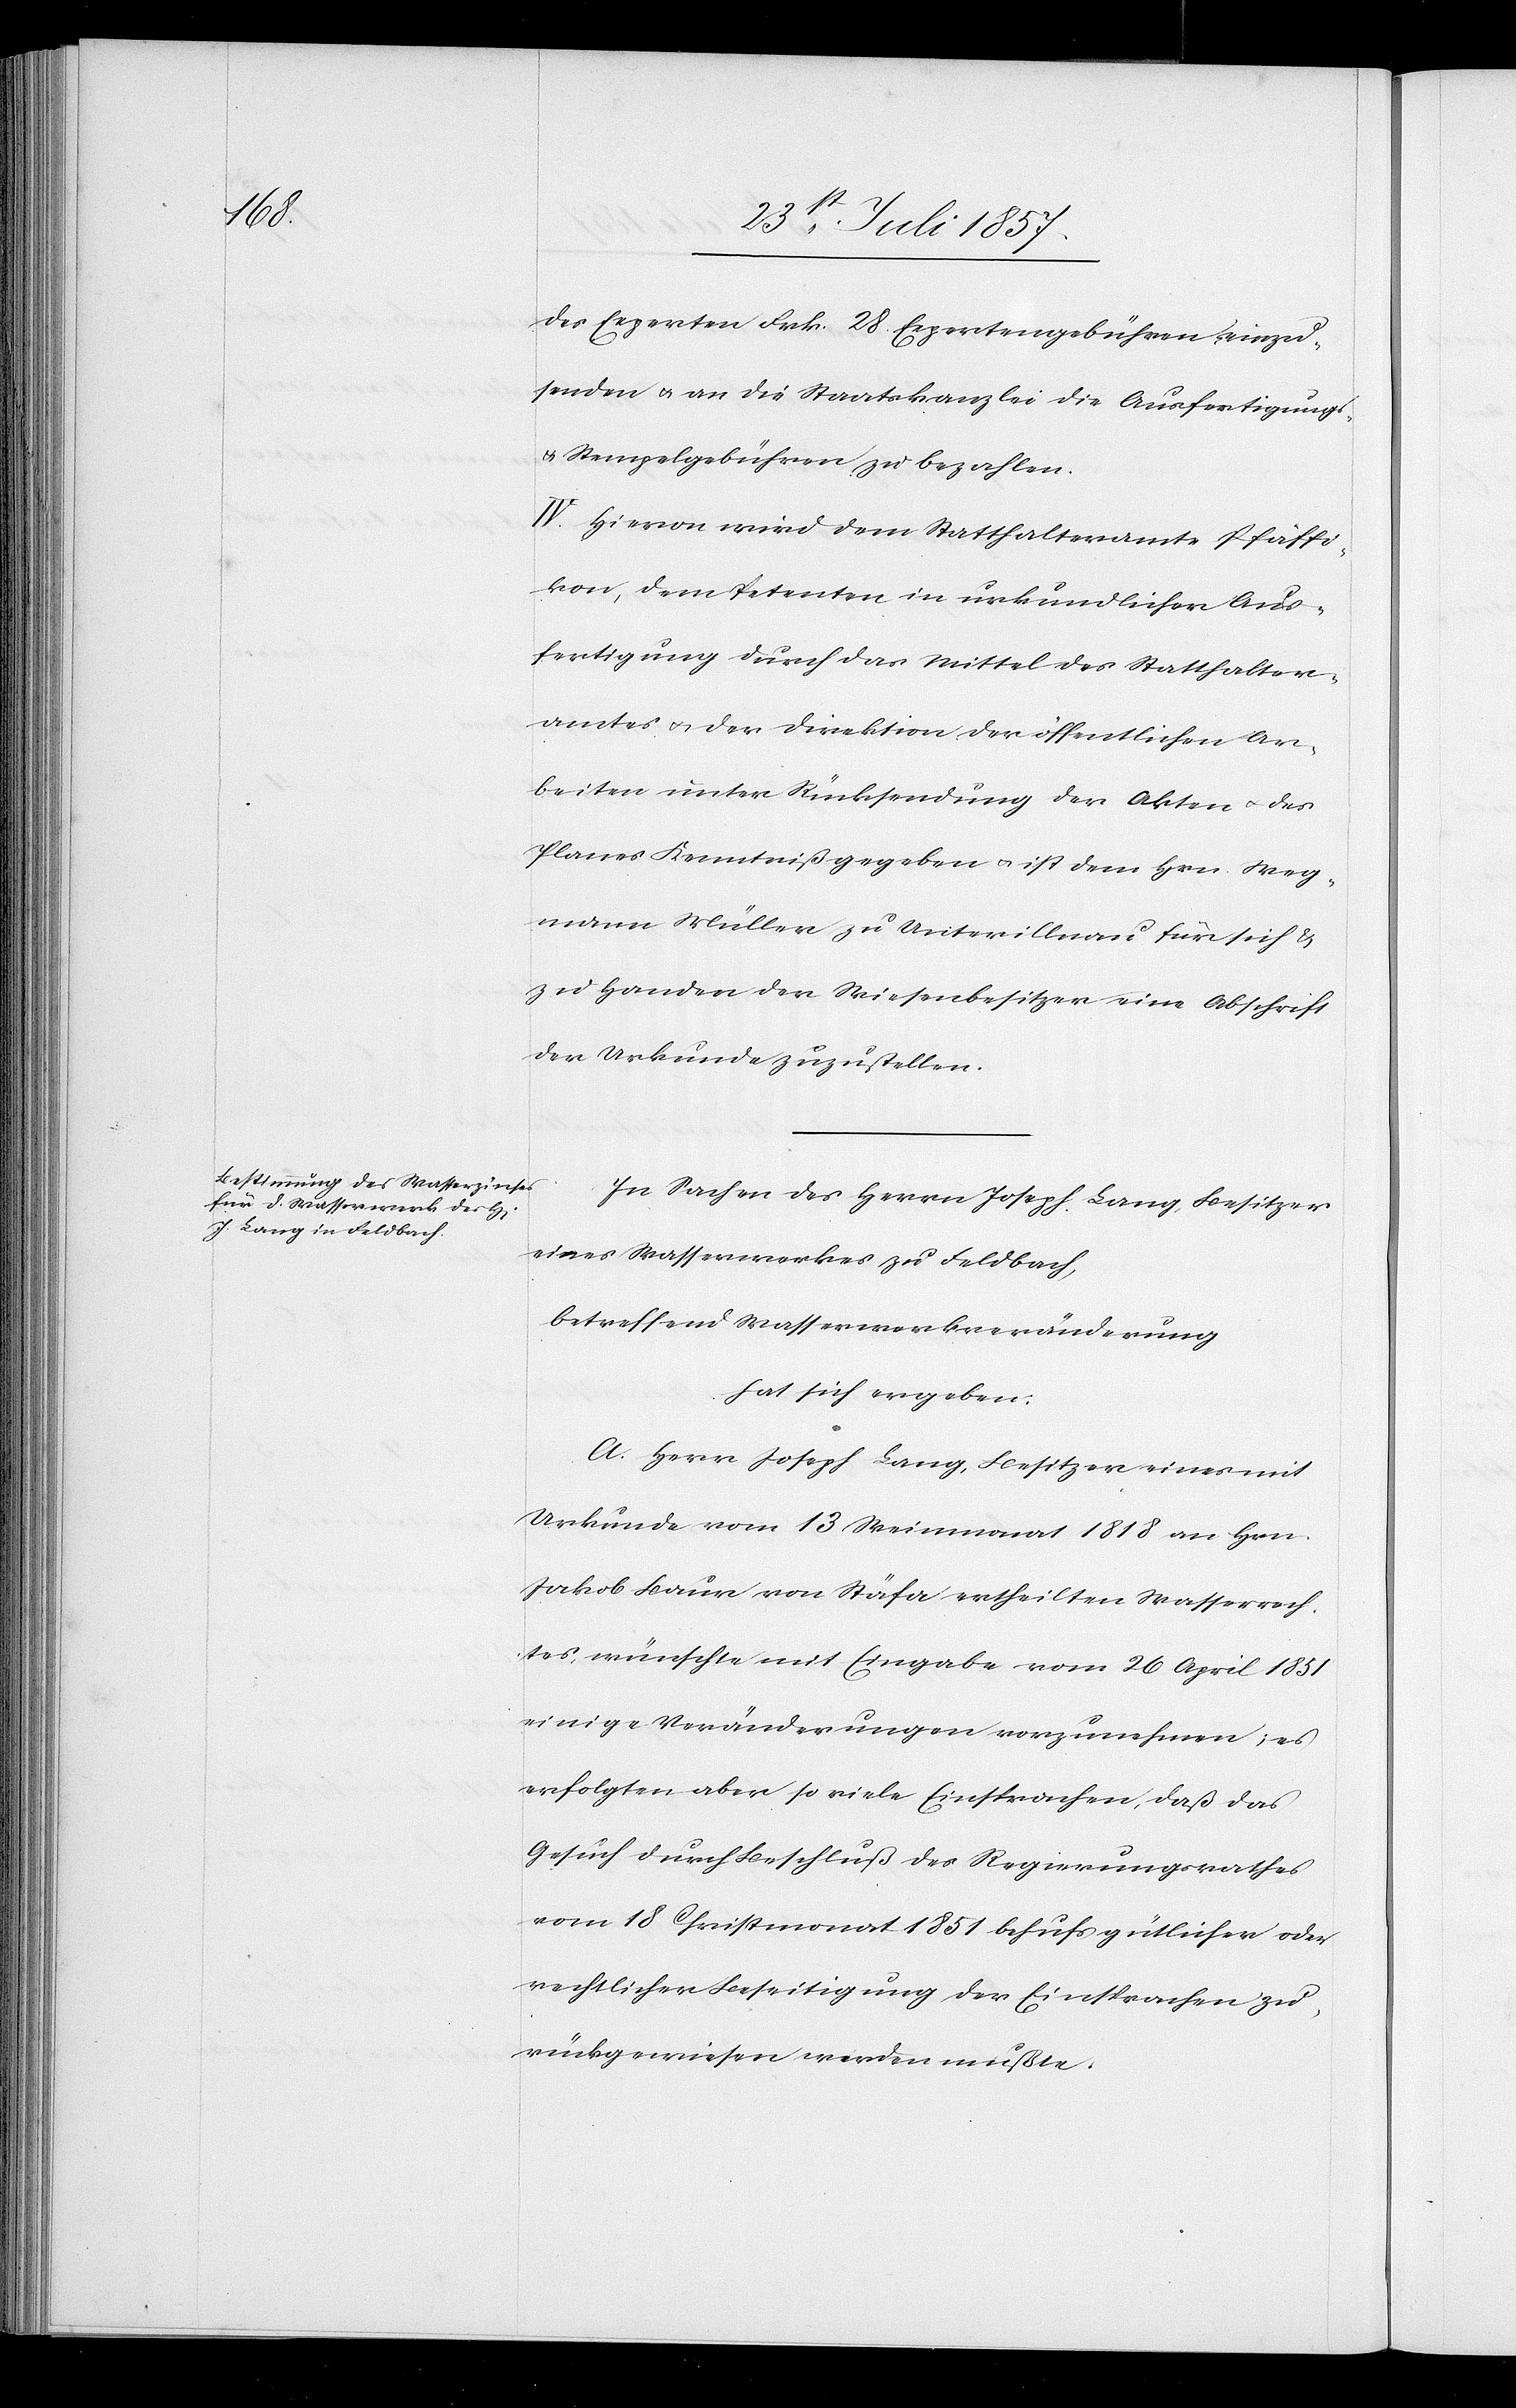
der Experten Frk. 28 Expertengebühren einzu¬
senden & an die Staatskanzlei die Ausfertigungs-
& Stempelgebühren zu bezahlen.
IV. Hievon wird dem Statthalteramte Pfäffi¬
kon, dem Petenten in urkundlicher Aus¬
fertigung durch das Mittel des Statthalter¬
amtes & der Direktion der öffentlichen Ar¬
beiten unter Rücksendung der Akten & des
Planes Kenntniß gegeben & ist dem Hrn. Weg¬
mann Müller zu Unterillnau für sich &
zu Handen der Wiesenbesitzer eine Abschrift
der Urkunde zuzustellen.